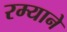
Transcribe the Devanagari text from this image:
रम्याने